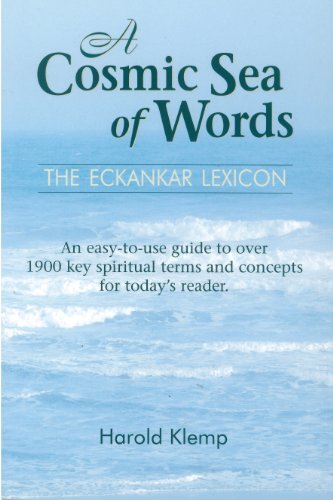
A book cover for A Cosmic Sea of Words: The Eckankar Lexicon; Harold Klemp; Religion & Spirituality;